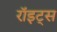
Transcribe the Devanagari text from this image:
रॉइट्स